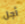
أجل